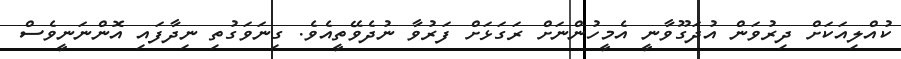
ކުއްލިއަކަށް ދިރުވަން އުދަގޫވާނީ އެމީހުންނަށް ރަގަޅަށް ފަރުވާ ނުދެވޭތީއެވެ. ގިނަވަގުތި ނިދާފައި އޮންނަނީވެސް